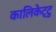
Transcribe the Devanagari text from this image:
कालिकेट्टु